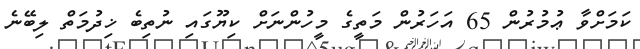
ކަމަށްވާ ޢުމުރުން 65 އަހަރުން މަތީގެ މީހުންނަށް ކިޔޫގައި ނުތިބެ ޚިދުމަތް ލިބޭނެ